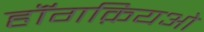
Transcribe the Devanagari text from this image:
हॉंगक़ियओ